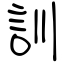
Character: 訓